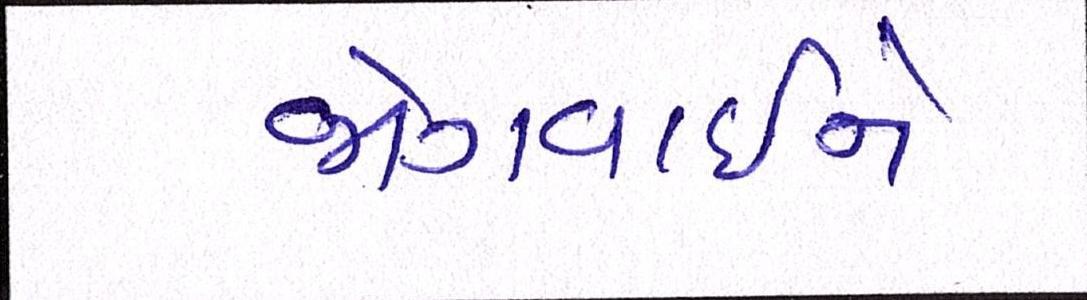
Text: જોગવાઈને